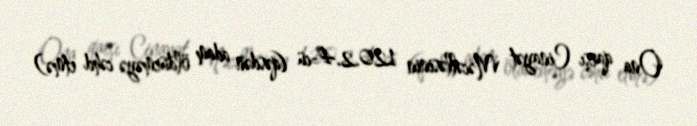
Ona qarşı Cinayət Məcəlləsinin 120.2.4-cü (qəsdən adam öldürməyə cəhd etmə)